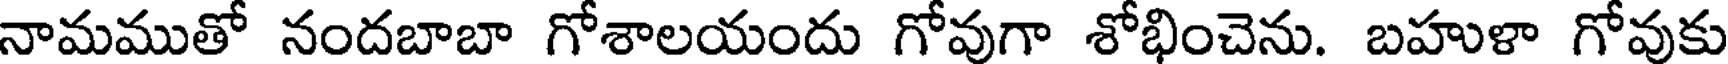
నామముతో నందబాబా గోశాలయందు గోవుగా శోభించెను. బహుళా గోవుకు